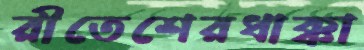
রীতেশেরধাক্কা